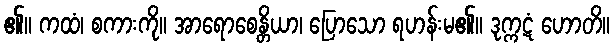
၏။ ကထံ၊ စကားကို။ အာရောစေန္တိယာ၊ ပြောသော ရဟန်းမ၏။ ဒုက္ကဋံ ဟောတိ။